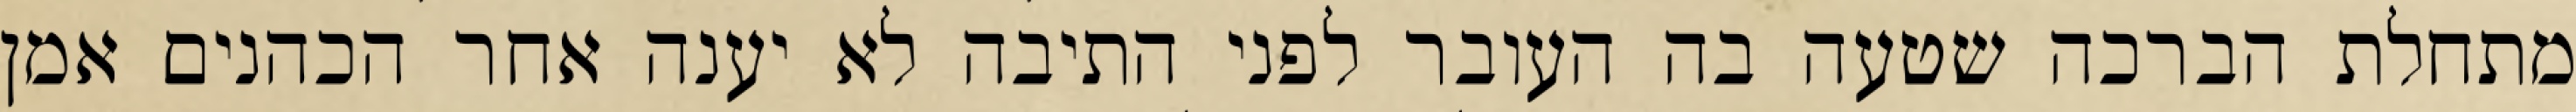
מתחלת הברכה שטעה בה העובר לפני התיבה לא יענה אחר הכהנים אמן